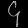
Digit: ၄